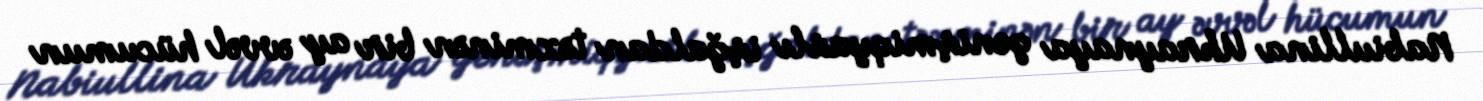
Nabiullina Ukraynaya genişmiqyaslı işğaldan təxminən bir ay əvvəl hücumun